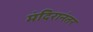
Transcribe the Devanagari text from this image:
मंदिरानंतर